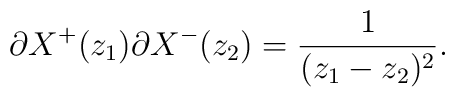
\partial X^+(z_1)\partial X^-(z_2)=\frac{1}{(z_1-z_2)^2}.